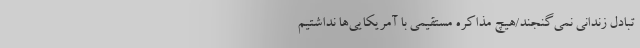
تبادل زندانی نمی‌گنجند/هیچ مذاکره مستقیمی با آمریکایی‌ها نداشتیم